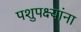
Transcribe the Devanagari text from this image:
पशुपक्ष्यांना